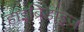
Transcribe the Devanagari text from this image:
हाइब्रिडाइज